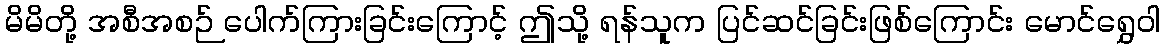
မိမိတို့ အစီအစဉ် ပေါက်ကြားခြင်းကြောင့် ဤသို့ ရန်သူက ပြင်ဆင်ခြင်းဖြစ်ကြောင်း မောင်ရွှေဝါ